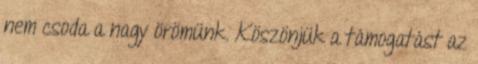
nem csoda a nagy örömünk. Köszönjük a támogatást az